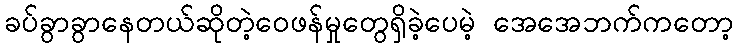
ခပ်ခွာခွာနေတယ်ဆိုတဲ့ဝေဖန်မှုတွေရှိခဲ့ပေမဲ့ အေအေဘက်ကတော့